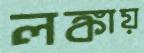
লঙ্কায়